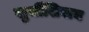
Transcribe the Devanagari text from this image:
खुर्चीशिवाय